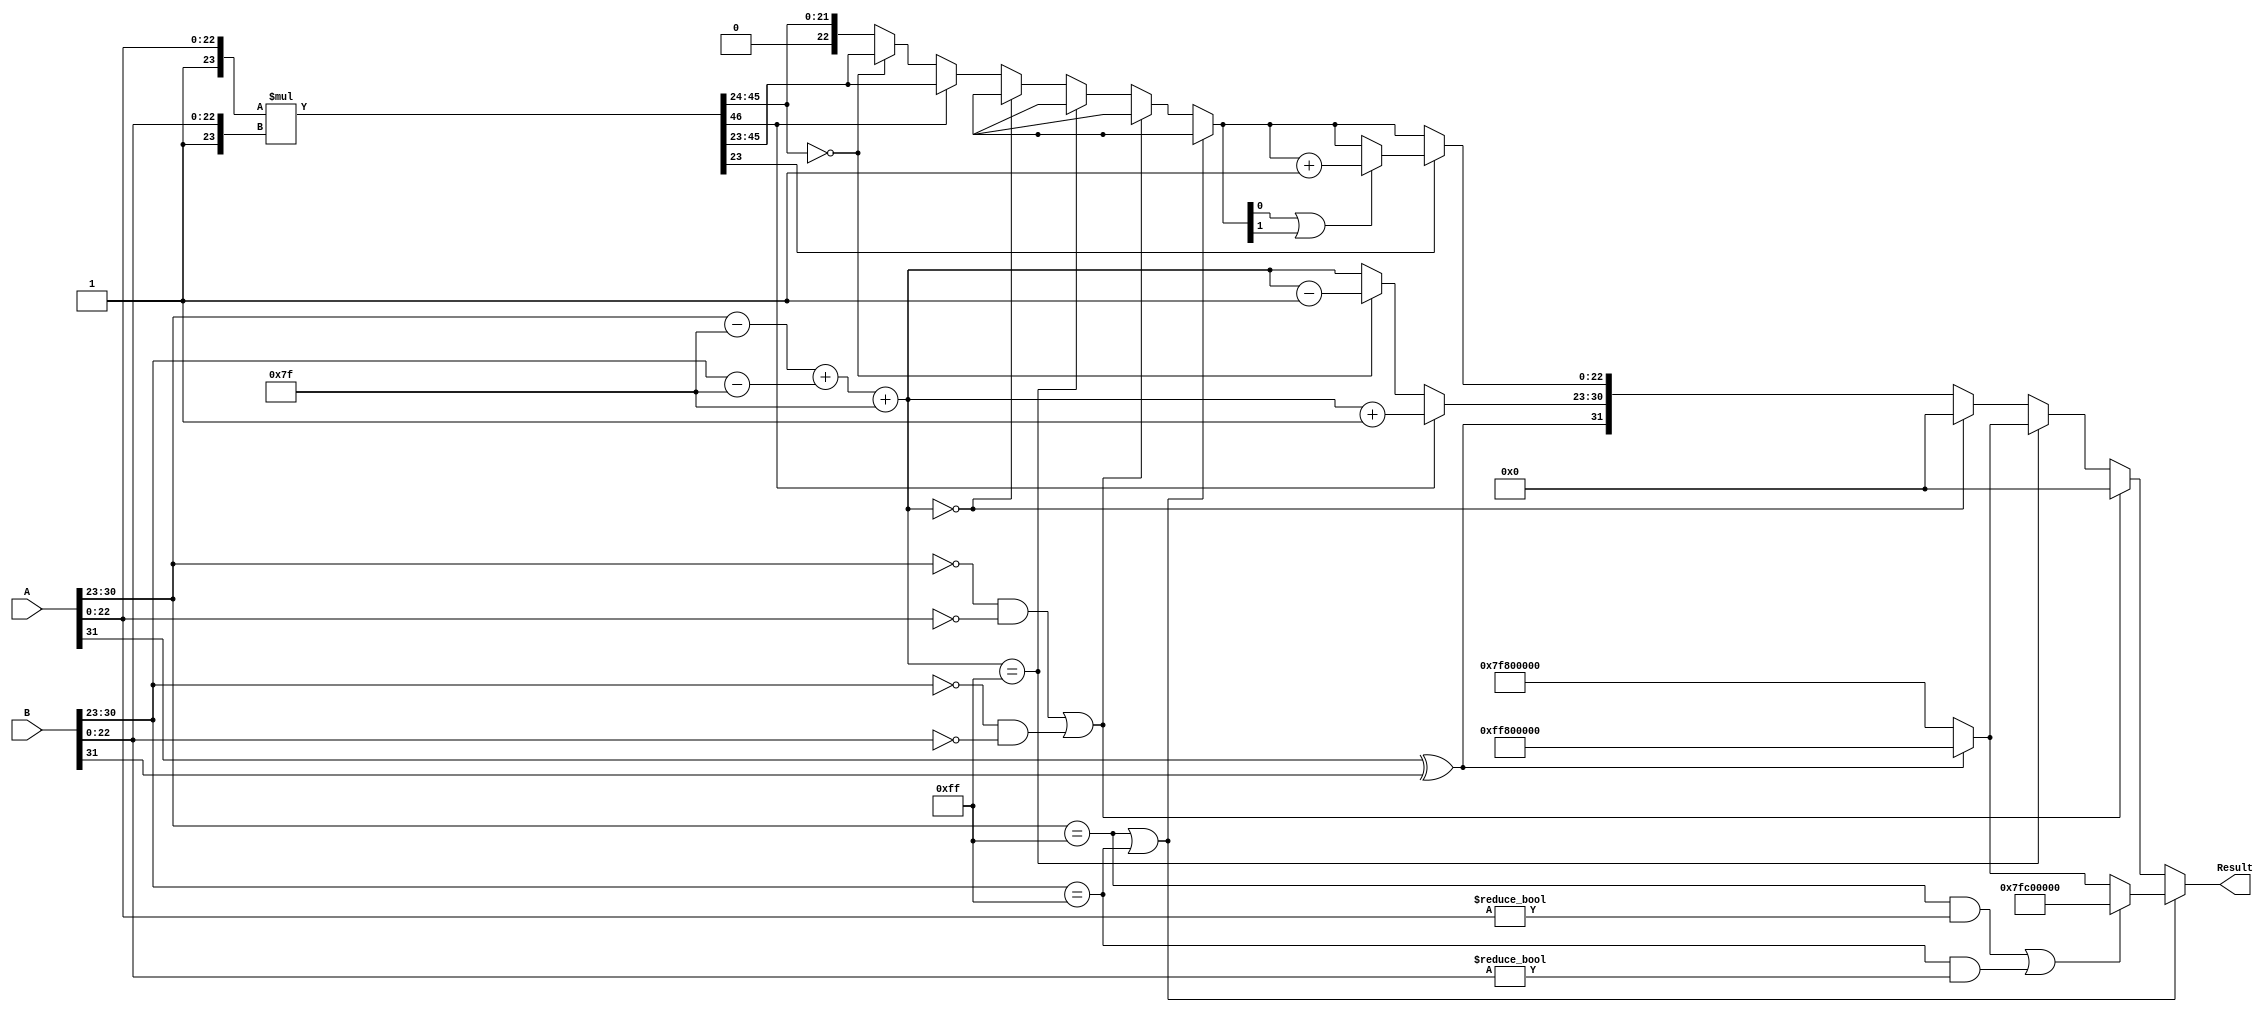
module floating_point_multiplier(
    input  wire [31:0] A,    // First floating-point operand
    input  wire [31:0] B,    // Second floating-point operand
    output reg  [31:0] Result // Output product of A and B
);

    // IEEE 754 constants
    parameter BIAS = 8'd127;
    parameter EXP_WIDTH = 8;
    parameter MANT_WIDTH = 23;

    wire signA     = A[31];
    wire signB     = B[31];
    wire [EXP_WIDTH-1:0] expA = A[30:23];
    wire [EXP_WIDTH-1:0] expB = B[30:23];
    wire [MANT_WIDTH-1:0] mantA = A[22:0];
    wire [MANT_WIDTH-1:0] mantB = B[22:0];

    wire [MANT_WIDTH:0] normalized_mantA = {1'b1, mantA}; // Implicit leading 1
    wire [MANT_WIDTH:0] normalized_mantB = {1'b1, mantB};

    wire [MANT_WIDTH*2:0] mant_product = normalized_mantA * normalized_mantB; // 46-bit result

    reg [EXP_WIDTH-1:0] exp_result;
    reg [MANT_WIDTH-1:0] mant_result;
    reg result_sign;

    wire [EXP_WIDTH-1:0] expA_adj = expA - BIAS;
    wire [EXP_WIDTH-1:0] expB_adj = expB - BIAS;
    
    // Handle special cases
    always @(*) begin
        // Default values
        Result = 32'h00000000; // Set default result to zero
        result_sign = signA ^ signB; // Result sign
        exp_result = 0;
        mant_result = 0;

        // Check for special cases: zero, NaN, and infinity
        if (expA == 8'hFF || expB == 8'hFF) begin // If either operand is NaN or infinity
            if ((expA == 8'hFF && mantA != 0) || (expB == 8'hFF && mantB != 0)) // NaN
                Result = 32'h7FC00000; // Set result as NaN
            else
                Result = result_sign ? 32'hFF800000 : 32'h7F800000; // Result is Infinity
        end else if (expA == 0 && mantA == 0 || expB == 0 && mantB == 0) begin // If either is zero
            Result = 32'h00000000; // Zero multiplication
        end else begin
            // Compute exponent
            exp_result = expA_adj + expB_adj + BIAS;
            
            // Handle overflow
            if (exp_result == 8'hFF) begin
                Result = result_sign ? 32'hFF800000 : 32'h7F800000; // Set result as Infinity
            end else if (exp_result == 0) begin
                // Handle underflow case; set as zero (or denormal)
                Result = 32'h00000000; // Result underflow case
            end else begin
                // Multiply mantissas
                mant_result = mant_product[46:24]; // Keep the upper 23 bits for mantissa

                // Normalization
                if (mant_product[46]) begin // Check if mantissa >= 2.0
                    mant_result = mant_product[45:23]; // Shift right
                    exp_result = exp_result + 1; // Increment exp
                end else if (mant_product[45:24] == 0) begin // Check if mantissa < 1.0
                    mant_result = mant_product[45:23]; // Prepare for normalization
                    exp_result = exp_result - 1; // Decrement exp
                end

                // Rounding logic (round to nearest even)
                // Check for rounding based on the next bit (24th)
                if (mant_product[23]) begin // If the next bit is 1
                    if (mant_result[0] || mant_result[1]) begin // If odd, round up
                        mant_result = mant_result + 1;
                    end
                end

                // Assemble the final result
                Result = {result_sign, exp_result[EXP_WIDTH-1:0], mant_result[MANT_WIDTH-1:0]};
            end
        end
    end
endmodule